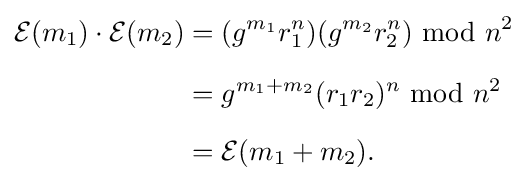
{\begin{aligned}{\mathcal {E}}(m_{1})\cdot {\mathcal {E}}(m_{2})&=(g^{m_{1}}r_{1}^{n})(g^{m_{2}}r_{2}^{n})\;{\bmod {\;}}n^{2}\\[6pt]&=g^{m_{1}+m_{2}}(r_{1}r_{2})^{n}\;{\bmod {\;}}n^{2}\\[6pt]&={\mathcal {E}}(m_{1}+m_{2}).\end{aligned}}